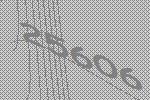
25606